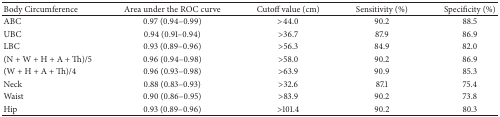
<table><thead><tr><td><b>Body Circumference</b></td><td><b> Area under the ROC curve </b></td><td><b>Cutoff value (cm) </b></td><td><b>Sensitivity (%)</b></td><td><b>Specificity (%)</b></td></tr></thead><tbody><tr><td>ABC</td><td>0.97 (0.94–0.99)</td><td>&gt;44.0</td><td>90.2</td><td>88.5</td></tr><tr><td>UBC</td><td>0.94 (0.91–0.94)</td><td>&gt;36.7</td><td>87.9</td><td>86.9</td></tr><tr><td>LBC</td><td>0.93 (0.89–0.96)</td><td>&gt;56.3</td><td>84.9</td><td>82.0</td></tr><tr><td>(N + W + H + A + Th)/5</td><td>0.96 (0.94–0.98)</td><td>&gt;58.0</td><td>90.2</td><td>86.9</td></tr><tr><td>(W + H + A + Th)/4</td><td>0.96 (0.93–0.98)</td><td>&gt;63.9</td><td>90.9</td><td>85.3</td></tr><tr><td>Neck</td><td>0.88 (0.83–0.93)</td><td>&gt;32.6</td><td>87.1</td><td>75.4</td></tr><tr><td>Waist</td><td>0.90 (0.86–0.95)</td><td>&gt;83.9</td><td>90.2</td><td>73.8</td></tr><tr><td>Hip</td><td>0.93 (0.89–0.96)</td><td>&gt;101.4</td><td>90.2</td><td>80.3</td></tr></tbody></table>